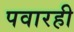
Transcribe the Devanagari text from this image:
पवारही